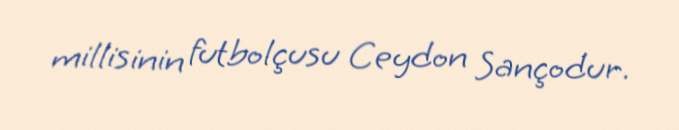
millisinin futbolçusu Ceydon Sançodur.